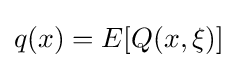
q(x)=E[Q(x,\xi )]